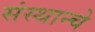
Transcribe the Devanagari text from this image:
संस्थान्चे